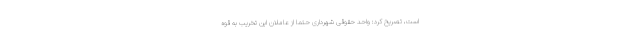
است، تصریح کرد: واحد حقوقی شهرداری حتما از عاملان این تخریب به قوه